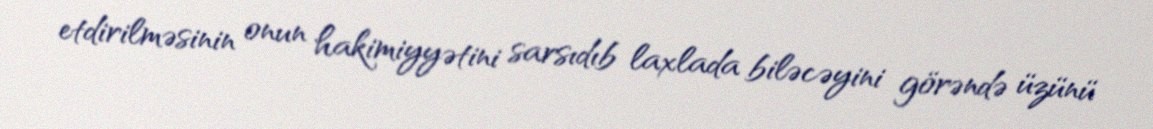
etdirilməsinin onun hakimiyyətini sarsıdıb laxlada biləcəyini görəndə üzünü